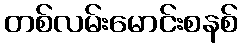
တစ်လမ်းမောင်းစနစ်